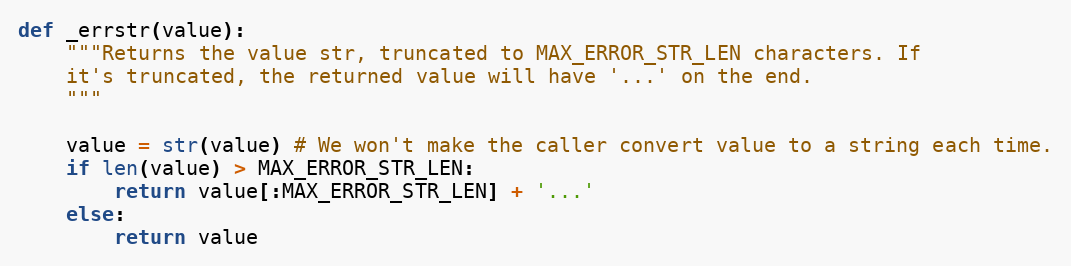
Language: Python
def _errstr(value):
    """Returns the value str, truncated to MAX_ERROR_STR_LEN characters. If
    it's truncated, the returned value will have '...' on the end.
    """

    value = str(value) # We won't make the caller convert value to a string each time.
    if len(value) > MAX_ERROR_STR_LEN:
        return value[:MAX_ERROR_STR_LEN] + '...'
    else:
        return value